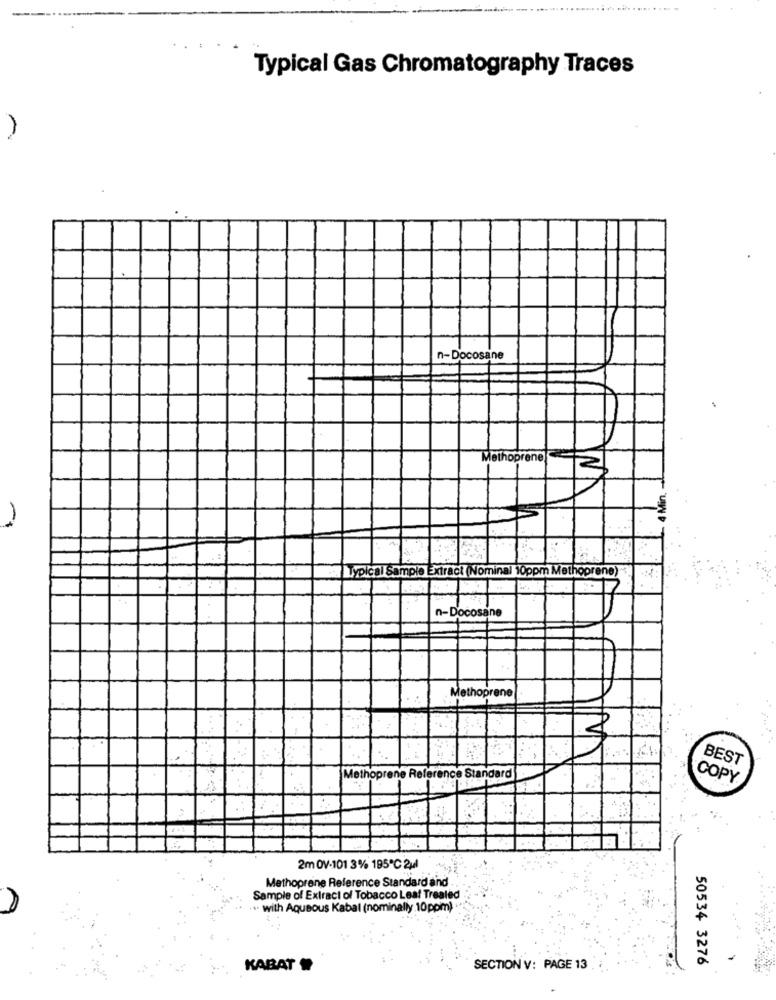
Typical Gas Chromatography Traces
n-Docosane
Methoprene
2
4 Min.
Typical Sample Extract (Nominal 10ppm Methoprene)
n-Docosane
Methoprene
BEST
Methoprene Reference Standard
COPY
2m OV-101 3% 195℃ 2ul
Methoprene Reference Standard and
Sample of Extract of Tobacco Leal Trealed
· with Aqueous Kabal (nominally 10ppm)
50534 3276
KABAT
SECTION V: PAGE 13